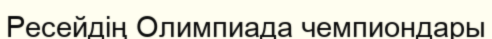
Ресейдің Олимпиада чемпиондары